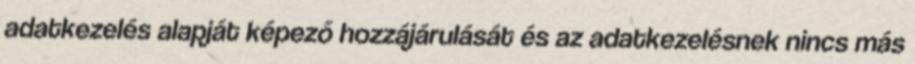
adatkezelés alapját képező hozzájárulását és az adatkezelésnek nincs más